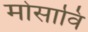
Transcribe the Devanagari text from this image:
मोसावि